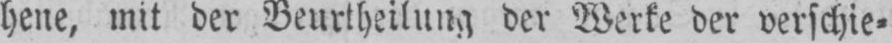
hene, mit der Beurtheilung der Werte der verschie⸗